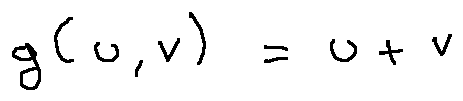
g ( u , v ) = u + v